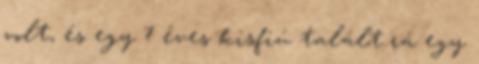
volt, és egy 7 éves kisfiú talált rá egy